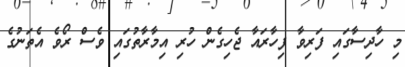
މި ހާދިސާގައި ފަރިވާ ފިހާރައާ ޖެހިގެން ހުރި އިމާރާތުގައި ވެސް ރޯވެ އެތަނުގެ